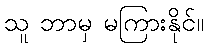
သူ ဘာမှ မကြားနိုင်။